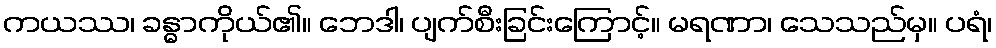
ကယဿ၊ ခန္ဓာကိုယ်၏။ ဘေဒါ၊ ပျက်စီးခြင်းကြောင့်။ မရဏာ၊ သေသည်မှ။ ပရံ၊